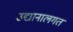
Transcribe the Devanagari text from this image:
उद्यानालगत